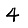
Digit: 4